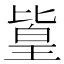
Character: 𪟫